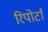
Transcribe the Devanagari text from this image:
रिपोर्टां